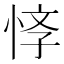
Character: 𢚙